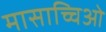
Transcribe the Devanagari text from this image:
मासाच्चिओ